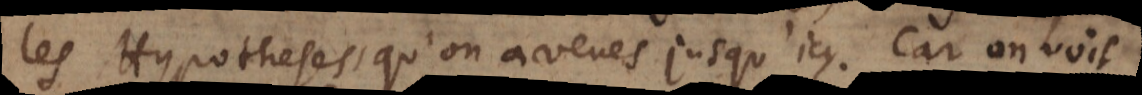
les Hypotheses, qu’on a veues jusqu’icy. Car on voit